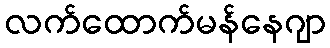
လက်ထောက်မန်နေဂျာ